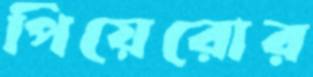
পিয়েরোর